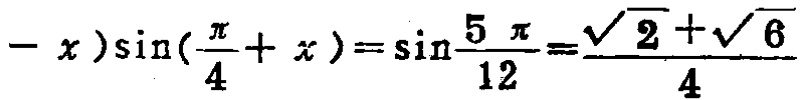
\(-x)\sin(\frac{\pi}{4}+x)=\sin\frac{5\pi}{12}=\frac{\sqrt{2}+\sqrt{6}}{4}\)